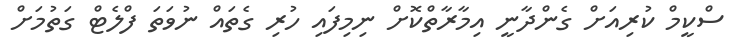
ސްކީމް ކުރިއަށް ގެންދާނީ އިމާރާތްކޮށް ނިމިފައި ހުރި ގެތައް ނުވަތަ ފްލެޓް ގަތުމަށް